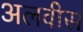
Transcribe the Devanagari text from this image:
अलवीस